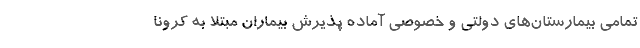
تمامی بیمارستان‌های دولتی و خصوصی آماده پذیرش بیماران مبتلا به کرونا